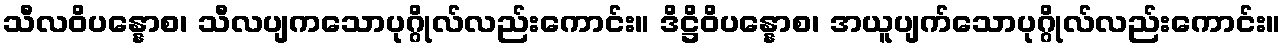
သီလဝိပန္နောစ၊ သီလပျကသောပုဂ္ဂိုလ်လည်းကောင်း။ ဒိဋ္ဌိဝိပန္နောစ၊ အယူပျက်သောပုဂ္ဂိုလ်လည်းကောင်း။